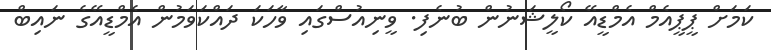
ކަމަށް ޕީޕީއެމް އެމްޑީއޭ ކޯލީޝަނުން ބުނެފި. ވީނިއުސްގައި ވާހަކަ ދައްކަވަމުން އެމްޑީއޭގެ ނައިބް